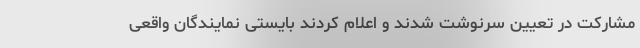
مشارکت در تعیین سرنوشت شدند و اعلام کردند بایستی نمایندگان واقعی